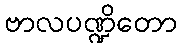
ဗာလပဏ္ဍိတော